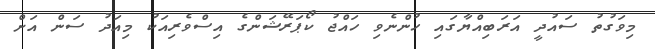
މިވަގުތު ސައުދީ އަރަބިއްޔާގައި ހުންނެވި ހައްޖު ކޯޕަރޭޝަންގެ އިސްވެރިއަކު މިއަދު ސަން އަށް